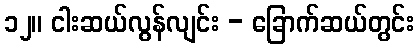
၁၂။ ငါးဆယ်လွန်လျင်း - ခြောက်ဆယ်တွင်း